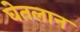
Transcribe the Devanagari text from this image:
घेतलान